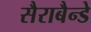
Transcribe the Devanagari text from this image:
सैराबैन्डे